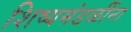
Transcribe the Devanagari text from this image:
शिष्यमंडळींना